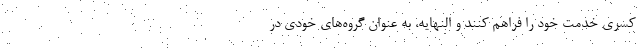
کسری خدمت خود را فراهم کنند و النهایه، به عنوان گروه‌های خودی در